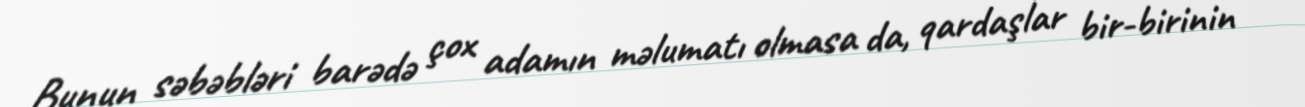
Bunun səbəbləri barədə çox adamın məlumatı olmasa da, qardaşlar bir-birinin